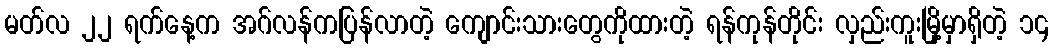
မတ်လ ၂၂ ရက်နေ့က အဂ်လန်ကပြန်လာတဲ့ ကျောင်းသားတွေကိုထားတဲ့ ရန်ကုန်တိုင်း လှည်းကူးမြို့မှာရှိတဲ့ ၁၄